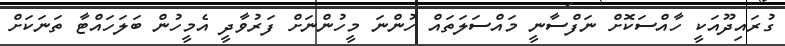
ގުރައިދޫއަކީ ހާއްސަކޮށް ނަފްސާނީ މައްސަލަތައް ހުންނަ މީހުންނަށް ފަރުވާދީ އެމީހުން ބަލަހައްޓާ ތަނަަކަށް